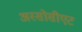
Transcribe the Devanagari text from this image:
अस्सोसीएट